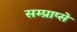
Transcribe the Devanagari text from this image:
सम्प्राप्से